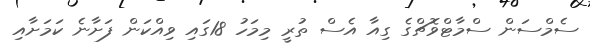
ސެމްސަން ސްމާޓްވޮޗްގެ ގިއާ އެސް ތުރީ މިމަހު 18ގައި ވިއްކަން ފަށާނެ ކަމަށާއި